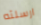
ارسلته